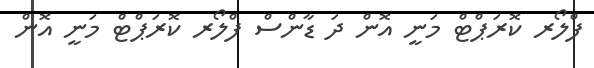
ފްލޯރ ކޮރަޕްޓް މަނީ އޮން ދަ ޑާންސް ފްލޯރ ކޮރަޕްޓް މަނީ އޮން